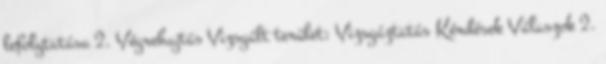
lefolytatása 2. Végrehajtás Vizsgált terület: Vizsgáztatás Kérdések Válaszok 2.